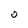
Character: 0